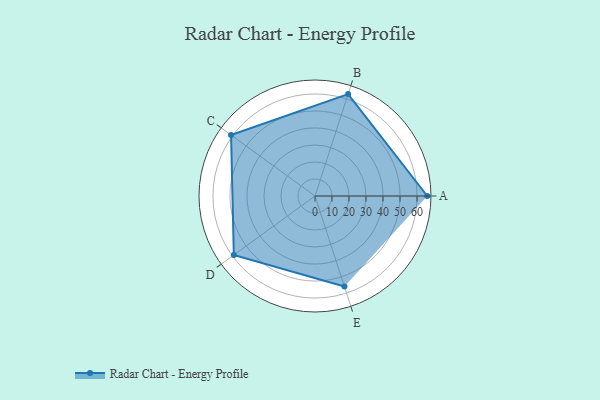
{"axis": {"x": "Skill", "y": "Score"}, "legend": ["Profile"], "data": [{"x": "A", "y": 66.0, "type": "Profile"}, {"x": "B", "y": 63.0, "type": "Profile"}, {"x": "C", "y": 61.0, "type": "Profile"}, {"x": "D", "y": 59.0, "type": "Profile"}, {"x": "E", "y": 56.0, "type": "Profile"}]}